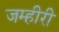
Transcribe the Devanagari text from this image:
जम्हीरी